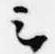
云